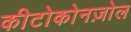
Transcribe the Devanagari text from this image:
कीटोकोनज़ोल